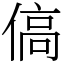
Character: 傐